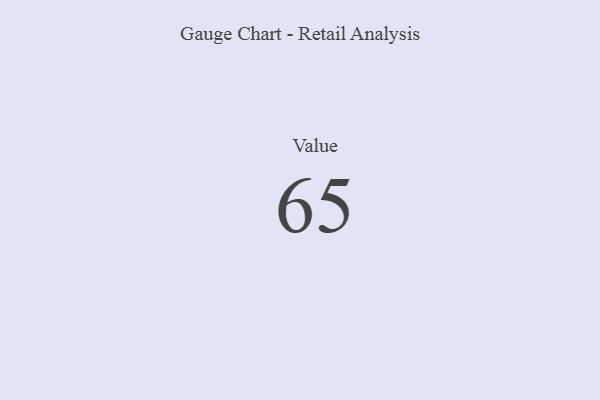
{"axis": {"x": "Metric", "y": "Value"}, "legend": [""], "data": [{"x": "Value", "y": 65, "type": ""}]}